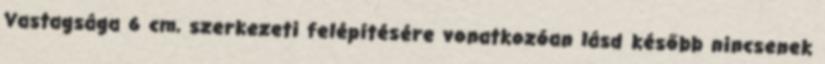
Vastagsága 6 cm, szerkezeti felépítésére vonatkozóan lásd később nincsenek